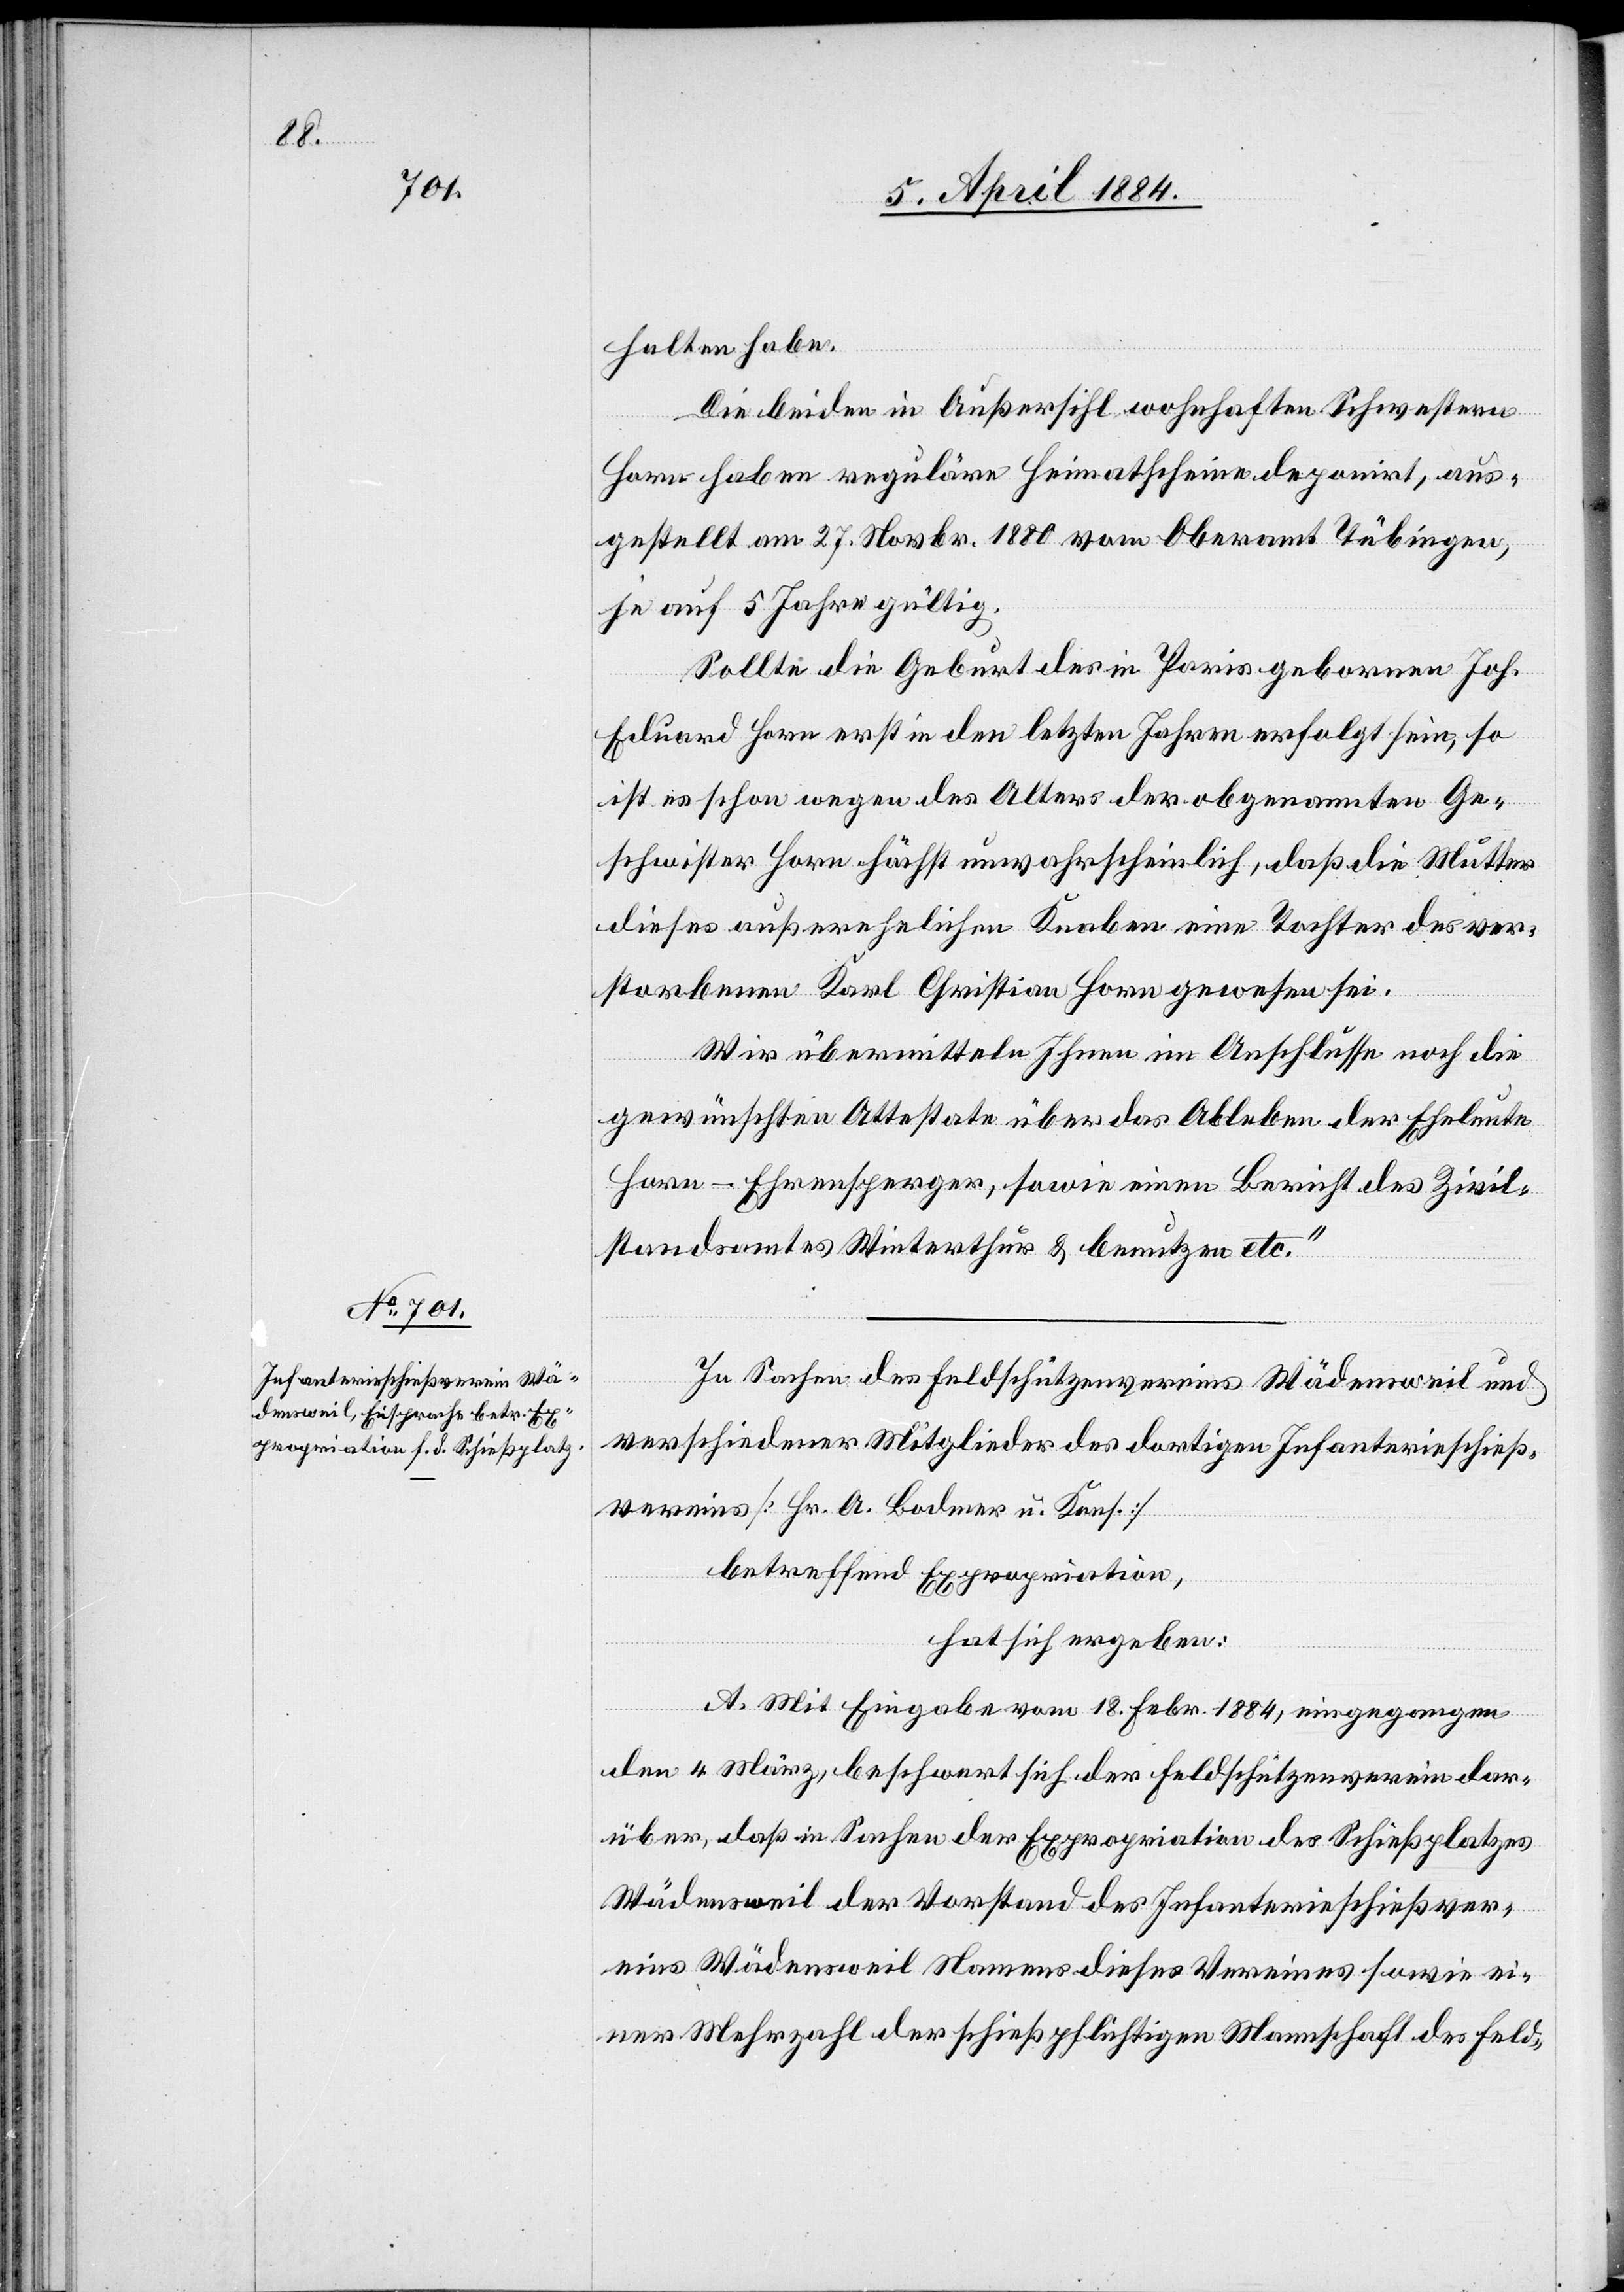
halten habe.
Die beiden in Außersihl wohnhaften Schwestern
Horn haben reguläre Heimathscheine deponirt, aus¬
gestellt am 27. Novbr. 1880 vom Oberamt Tübingen,
je auf 5 Jahre gültig.
Sollte die Geburt des in Paris geborenen Joh.
Eduard Horn erst in den letzten Jahren erfolgt sein, so
ist es schon wegen des Alters der obgenannten Ge¬
schwister Horn höchst unwahrscheinlich, daß die Mutter
dieses außerehelichen Knaben eine Tochter des ver¬
storbenen Karl Christian Horn gewesen sei.
Wir übermitteln Ihnen im Anschlusse noch die
gewünschten Attestate über das Ableben der Eheleute
Horn-Ehrensperger, sowie einen Bericht des Zivil¬
standamtes Winterthur & benutzen etc.“